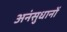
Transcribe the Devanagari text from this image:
अनंसुधानों